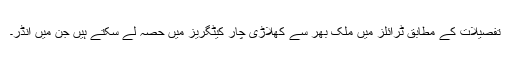
تفصیلات کے مطابق ٹرائلز میں ملک بھر سے کھلاڑی چار کیٹگریز میں حصہ لے سکتے ہیں جن میں انڈر۔